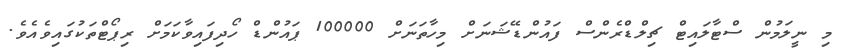
މި ނީލަމުން ސްޓާލައިޓް ޗިލްޑްރެންސް ފައުންޑޭޝަނަށް މިހާތަނަށް 100000 ޕައުންޑް ހޯދިފައިވާކަމަށް ރިޕޯޓްތަކުގައިވެއެވެ.